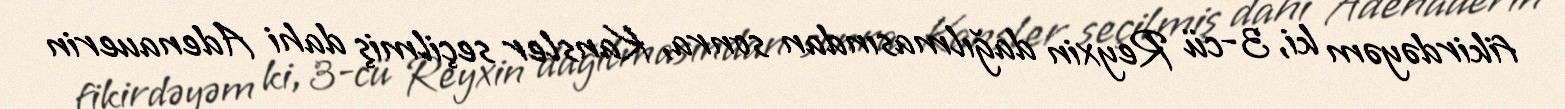
fikirdəyəm ki, 3-cü Reyxin dağılmasından sonra, Kansler seçilmiş dahi Adenauerin